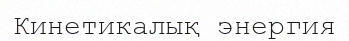
Кинетикалық энергия